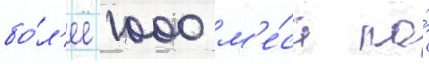
бо́л'ее 1000 м'е́ст по́